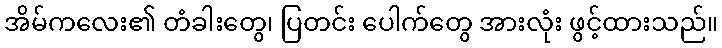
အိမ်ကလေး၏ တံခါးတွေ၊ ပြတင်း ပေါက်တွေ အားလုံး ဖွင့်ထားသည်။